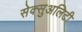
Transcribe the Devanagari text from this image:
सेक्सुअलिटी